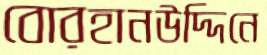
বোরহানউদ্দিনে